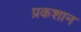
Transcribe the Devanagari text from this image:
प्रकशान